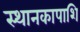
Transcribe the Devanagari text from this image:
स्थानकापाशि